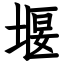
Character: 堰